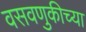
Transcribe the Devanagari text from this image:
वसवणुकीच्या